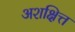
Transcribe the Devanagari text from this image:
अशक्षित्त